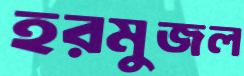
হরমুজল